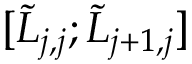
[ \Tilde { L } _ { j , j } ; \Tilde { L } _ { j + 1 , j } ]